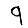
Digit: 9